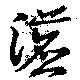
瀌